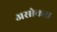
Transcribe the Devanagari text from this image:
असोकस